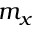
m _ { x }